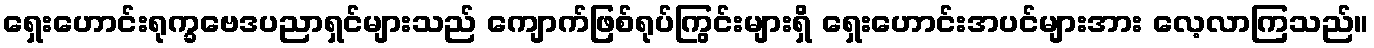
ရှေးဟောင်းရုက္ခဗေဒပညာရှင်များသည် ကျောက်ဖြစ်ရုပ်ကြွင်းများရှိ ရှေးဟောင်းအပင်များအား လေ့လာကြသည်။